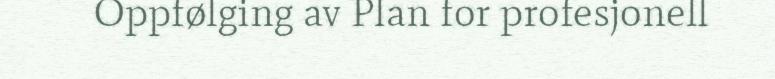
Oppfølging av Plan for profesjonell